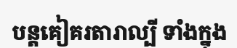
បន្តគៀគរតារាល្បី ទាំងក្នុង